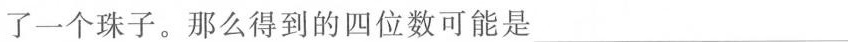
了一个珠子。那么得到的四位数可能是___